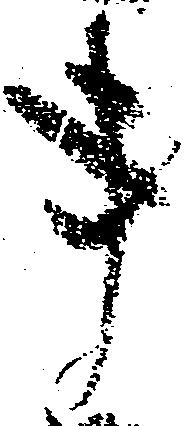
事